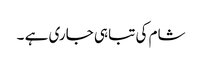
شام کی تباہی جاری ہے ۔